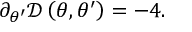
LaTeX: \partial _ { \theta ^ { \prime } } \mathcal { D } \left( \theta , \theta ^ { \prime } \right) = - 4 .